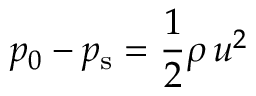
p _ { 0 } - p _ { \mathrm { s } } = { \frac { 1 } { 2 } } \rho \, u ^ { 2 }